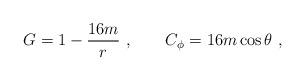
LaTeX: \begin{align*}G=1-{16m\over r}\ ,\qquad C_\phi=16m\cos\theta\ ,\end{align*}